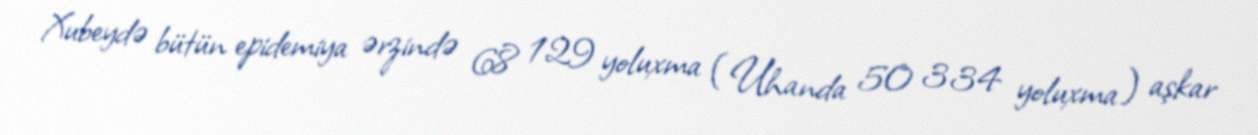
Xubeydə bütün epidemiya ərzində 68 129 yoluxma (Uhanda 50 334 yoluxma) aşkar